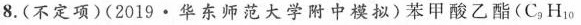
8. (不定项)( 2019 · 华东师范大学附中模拟)苯甲酸乙酯( C_{9}H_{10}